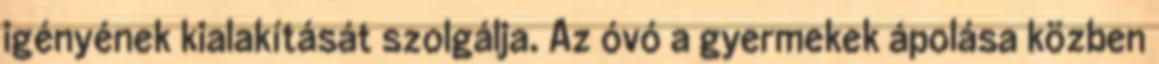
igényének kialakítását szolgálja. Az óvó a gyermekek ápolása közben